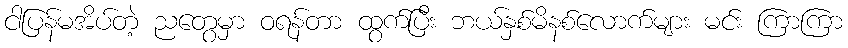
ငါပြန်မအိပ်တဲ့ ညတွေမှာ ဝရန်တာ ထွက်ပြီး ဘယ်နှစ်မိနစ်လောက်များ မင်း ကြာကြာ